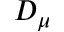
D _ { \mu }